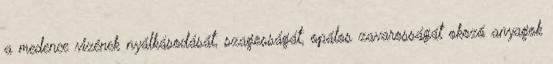
a medence vizének nyálkásodását, szagosságát, opálos zavarosságát okozó anyagok